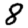
Digit: 8